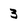
Character: 3